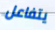
يتفاعل